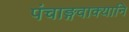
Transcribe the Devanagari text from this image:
पंचाङ्गवाक्यानि